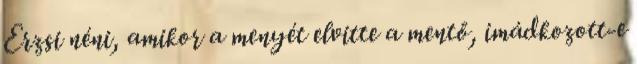
Erzsi néni, amikor a menyét elvitte a mentő, imádkozott-e